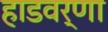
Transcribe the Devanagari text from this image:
हाडवर्णा